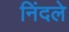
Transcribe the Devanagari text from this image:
निंदले